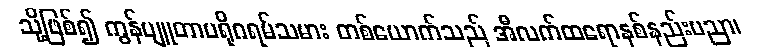
သို့ဖြစ်၍ ကွန်ပျူတာပရိုဂရမ်သမား တစ်ယောက်သည် အီလက်ထရောနစ်နည်းပညာ၊